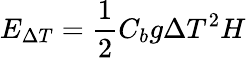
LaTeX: E_{\Delta T}=\frac{1}{2}C_{b}g\Delta T^{2}H